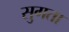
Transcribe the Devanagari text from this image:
सुगता